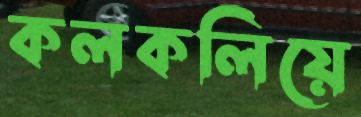
কলকলিয়ে